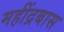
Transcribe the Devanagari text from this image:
महींद्रबास